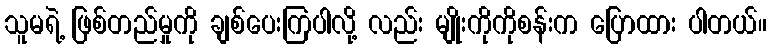
သူမရဲ့ ဖြစ်တည်မှုကို ချစ်ပေးကြပါလို့ လည်း မျိုးကိုကိုစန်းက ပြောထား ပါတယ်။